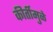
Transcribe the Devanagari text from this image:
कीर्तीमुळे